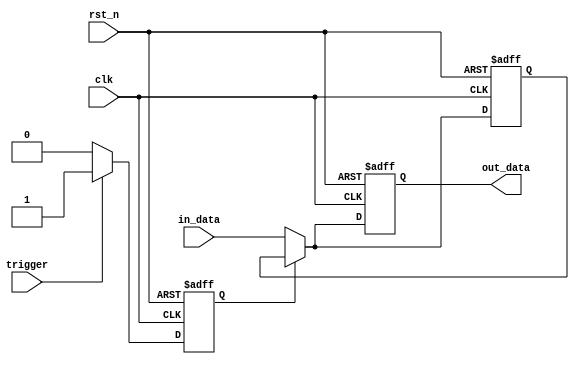
module hold_condition (
    input wire clk,            // Clock signal
    input wire rst_n,         // Active-low reset
    input wire trigger,       // Input signal that triggers hold condition
    input wire [7:0] in_data, // Input data to be held or updated
    output reg [7:0] out_data // Output data
);

    reg hold_state;           // State variable for hold condition
    reg [7:0] last_valid_data; // Variable to hold last valid output data

    always @(posedge clk or negedge rst_n) begin
        if (!rst_n) begin
            // Reset condition
            hold_state <= 1'b0;
            out_data <= 8'b0;
            last_valid_data <= 8'b0;
        end else begin
            if (trigger) begin
                // Activate the hold condition
                hold_state <= 1'b1;
            end else if (hold_state) begin
                // Release the hold condition
                hold_state <= 1'b0;
                out_data <= in_data; // Update output when hold is released
            end
            
            if (!hold_state) begin
                // Normal operating condition
                out_data <= in_data;       // Output takes current input
                last_valid_data <= in_data; // Hold last valid data
            end else begin
                // Hold condition
                out_data <= last_valid_data; // Maintain last valid output
            end
        end
    end
endmodule